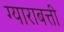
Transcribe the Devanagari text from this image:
ग्याराबत्ती